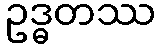
ဥဒ္ဓတဿ